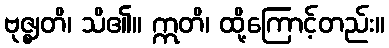
ဗုဇ္ဈတိ၊ သိ၏။ ဣတိ၊ ထို့ကြောင့်တည်း။